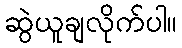
ဆွဲယူချလိုက်ပါ။